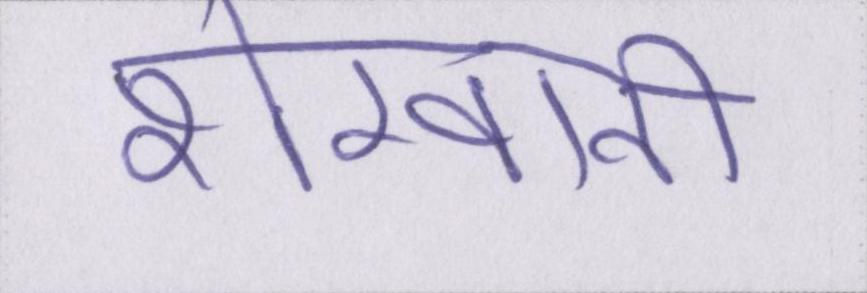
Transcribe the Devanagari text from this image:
शेरवानी